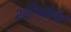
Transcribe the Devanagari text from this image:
शरीअतपर